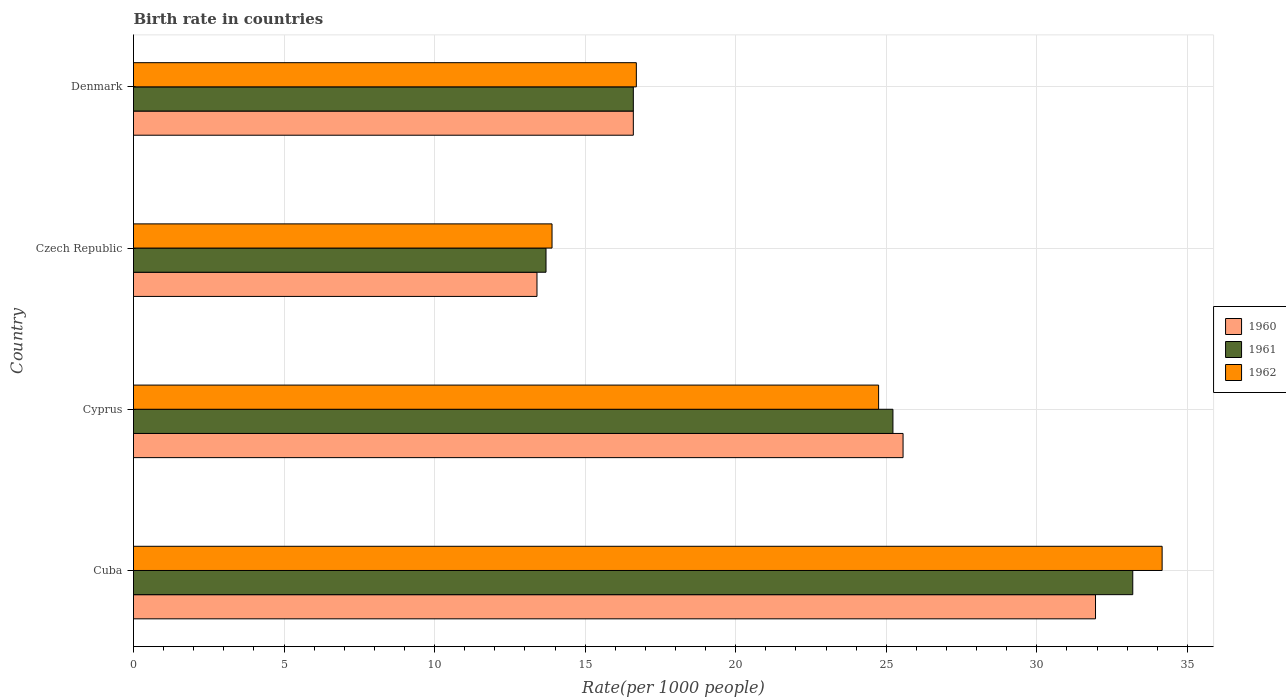
| Country | 1960 | 1961 | 1962 |
 | --- | --- | --- | --- |
 | Cuba | 31.9 | 33.2 | 34.2 |
 | Cyprus | 25.6 | 25.2 | 24.7 |
 | Czech Republic | 13.4 | 13.7 | 13.9 |
 | Denmark | 16.6 | 16.6 | 16.7 |